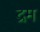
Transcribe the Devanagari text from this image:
द्रम